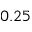
0 . 2 5